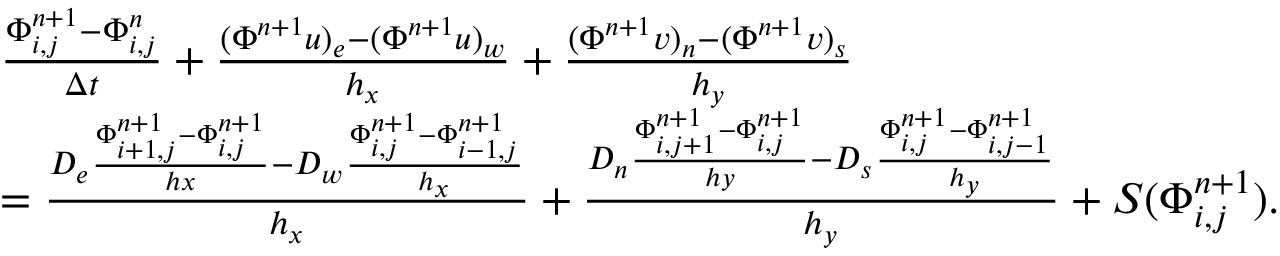
\begin{array} { r l } & { \frac { \Phi _ { i , j } ^ { n + 1 } - \Phi _ { i , j } ^ { n } } { \Delta t } + \frac { ( \Phi ^ { n + 1 } u ) _ { e } - ( \Phi ^ { n + 1 } u ) _ { w } } { h _ { x } } + \frac { ( \Phi ^ { n + 1 } v ) _ { n } - ( \Phi ^ { n + 1 } v ) _ { s } } { h _ { y } } } \\ & { = \frac { D _ { e } \frac { \Phi _ { i + 1 , j } ^ { n + 1 } - \Phi _ { i , j } ^ { n + 1 } } { h x } - D _ { w } \frac { \Phi _ { i , j } ^ { n + 1 } - \Phi _ { i - 1 , j } ^ { n + 1 } } { h _ { x } } } { h _ { x } } + \frac { D _ { n } \frac { \Phi _ { i , j + 1 } ^ { n + 1 } - \Phi _ { i , j } ^ { n + 1 } } { h y } - D _ { s } \frac { \Phi _ { i , j } ^ { n + 1 } - \Phi _ { i , j - 1 } ^ { n + 1 } } { h _ { y } } } { h _ { y } } + S ( \Phi _ { i , j } ^ { n + 1 } ) . } \end{array}